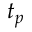
t _ { p }